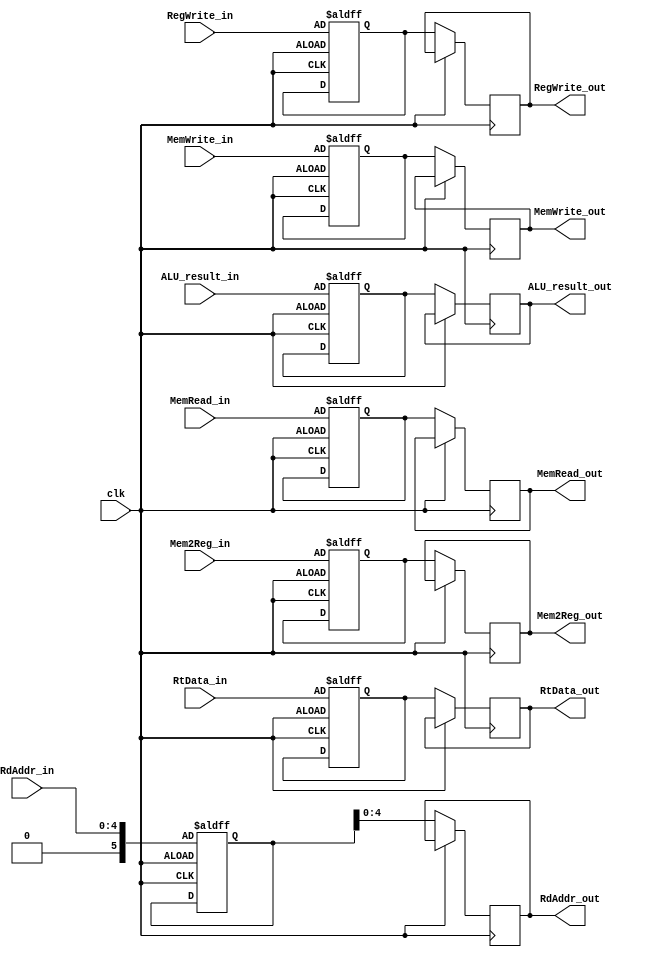
module EX_MEM(
    // Write Back.
    input RegWrite_in, // WB
    input Mem2Reg_in,  //WB
    output reg RegWrite_out, // WB
    output reg Mem2Reg_out,// WB
    // Memory
    input MemRead_in,  
    input MemWrite_in, 
    output reg MemWrite_out,
    output reg MemRead_out,
    // Others.
    input clk,
    input [31:0] ALU_result_in,
    input [4:0] RdAddr_in,
    input [31:0] RtData_in,
    output reg [31:0] RtData_out,
    output reg [4:0] RdAddr_out,
    output reg [31:0] ALU_result_out
);

    // Temp register part.
    
    // Write Back.
    reg RegWrite_reg;
    reg Mem2Reg_reg;
    // Memory
    reg MemRead_reg;
    reg MemWrite_reg;
    // Others.
    reg [5:0] RdAddr_reg;
    reg [31:0] RtData_reg;
    reg [31:0] ALU_result_reg;



always@(posedge clk or negedge clk)
    begin
        if(clk == 1) // put them in to the reg
            begin
                // Write Back.
                RegWrite_reg = RegWrite_in;
                Mem2Reg_reg = Mem2Reg_in;
                // Memory.
                RegWrite_reg = RegWrite_in;
                Mem2Reg_reg = Mem2Reg_in;
                MemRead_reg = MemRead_in;
                MemWrite_reg = MemWrite_in;
                // Others
                RdAddr_reg = RdAddr_in;
                ALU_result_reg = ALU_result_in;
                RtData_reg = RtData_in;
            end
        else
            begin
                // Write Back.
                RegWrite_out = RegWrite_reg;
                Mem2Reg_out = Mem2Reg_reg;
                // Memory
                RegWrite_out = RegWrite_reg;
                Mem2Reg_out = Mem2Reg_reg;
                MemRead_out = MemRead_reg;
                MemWrite_out = MemWrite_reg;
                // Others
                RdAddr_out = RdAddr_reg;
                ALU_result_out = ALU_result_reg;
                RtData_out = RtData_reg;
            end
    end
endmodule